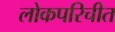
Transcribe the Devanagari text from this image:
लोकपरिचीत